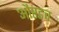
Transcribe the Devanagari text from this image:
औरडच